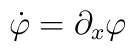
\dot{\varphi}=\partial_x \varphi